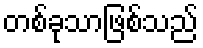
တစ်ခုသာဖြစ်သည်